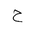
Letter: _ha